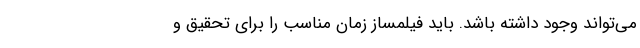
می‌تواند وجود داشته باشد. باید فیلمساز زمان مناسب را برای تحقیق و